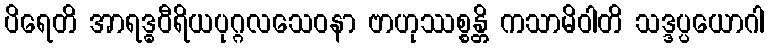
ပိရေတိ အာရဒ္ဓဝီရိယပုဂ္ဂလသေဝနာ ဗာဟုဿစ္စန္တိ ကသာမိဝါတိ သဒ္ဒပ္ပယောဂါ